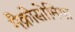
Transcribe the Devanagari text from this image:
मैक्रोसोमिया